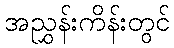
အညွှန်းကိန်းတွင်